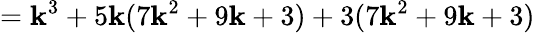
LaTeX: =\mathbf{k}^{3}+5\mathbf{k}(7\mathbf{k}^{2}+9\mathbf{k}+3)+3(7\mathbf{k}^{2}+9\mathbf{k}+3)